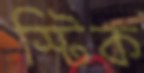
স্টিক